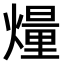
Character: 𤎲